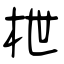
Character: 枻